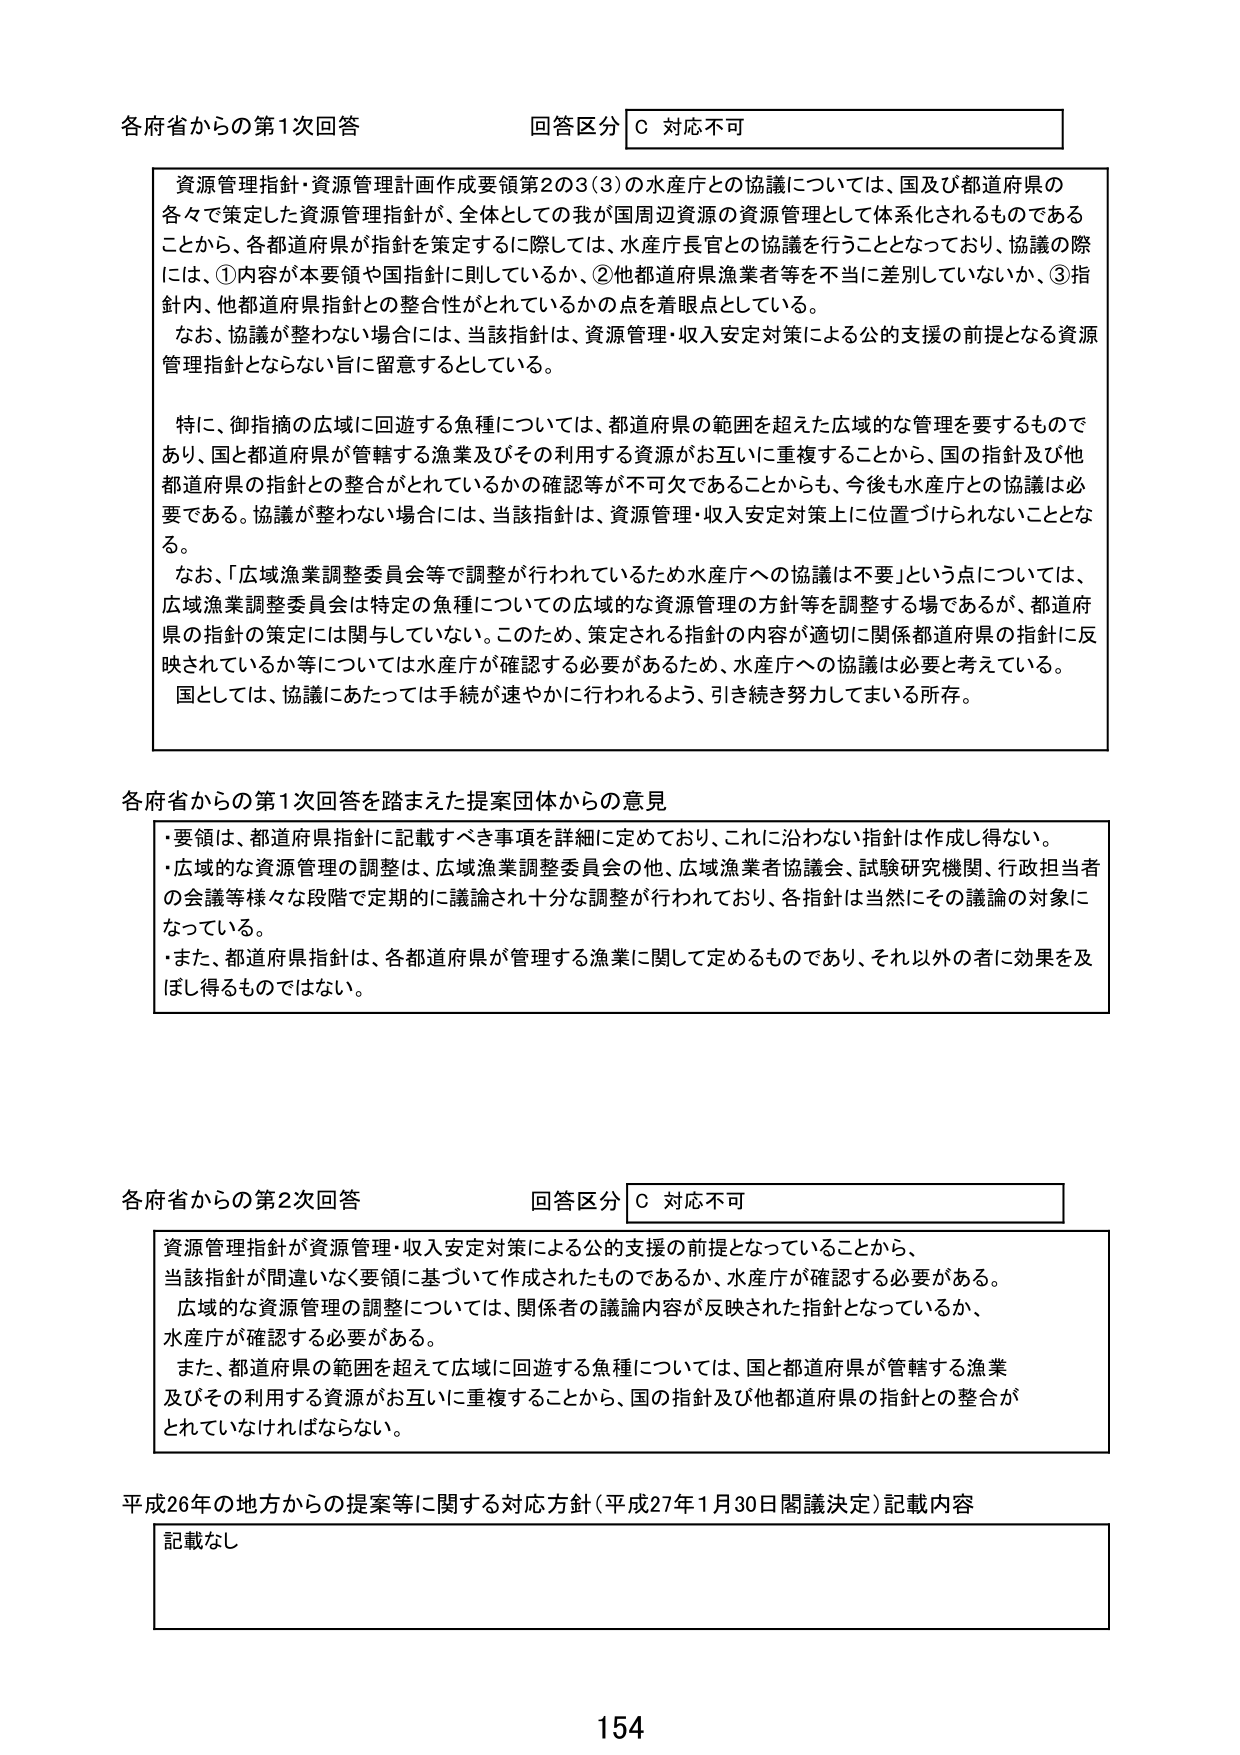
各府省からの第1次回答 回答区分 C 対応不可

資源管理指針・資源管理計画作成要領第2の3(3)の水産庁との協議については、国及び都道府県の
各々で策定した資源管理指針が、全体としての我が国周辺資源の資源管理として体系化されるものである
ことから、各都道府県が指針を策定するに際しては、水産庁長官との協議を行うこととなっており、協議の際
には、①内容が本要領や国指針に則しているか、②他都道府県漁業者等を不当に差別していないか、③指
針内、他都道府県指針との整合性がとれているかの点を着眼点としている。
なお、協議が整わない場合には、当該指針は、資源管理・収入安定対策による公的支援の前提となる資源
管理指針とならない旨に留意するとしている。

特に、御指摘の広域に回遊する魚種については、都道府県の範囲を超えた広域的な管理を要するもので
あり、国と都道府県が管轄する漁業及びその利用する資源がお互いに重複することから、国の指針及び他
都道府県の指針との整合がとれているかの確認等が不可欠であることからも、今後も水産庁との協議は必
要である。協議が整わない場合には、当該指針は、資源管理・収入安定対策上に位置づけられないこととな
る。
なお、「広域漁業調整委員会等で調整が行われているため水産庁への協議は不要」という点については、
広域漁業調整委員会は特定の魚種についての広域的な資源管理の方針等を調整する場であるが、都道府
県の指針の策定には関与していない。このため、策定される指針の内容が適切に関係都道府県の指針に反
映されているか等については水産庁が確認する必要があるため、水産庁への協議は必要と考えている。
国としては、協議にあたっては手続が速やかに行われるよう、引き続き努力してまいる所存。

各府省からの第1次回答を踏まえた提案団体からの意見

・要領は、都道府県指針に記載すべき事項を詳細に定めており、これに沿わない指針は作成し得ない。
・広域的な資源管理の調整は、広域漁業調整委員会の他、広域漁業者協議会、試験研究機関、行政担当者
の会議等様々なか段階で定期的に議論され十分な調整が行われており、各指針は当然にその議論の対象に
なっている。
・また、都道府県指針は、各都道府県が管理する漁業に関して定めるものであり、それ以外の者に効果を及
ぼし得るものではない。

各府省からの第2次回答 回答区分 C 対応不可

資源管理指針が資源管理・収入安定対策による公的支援の前提となっていることから、
当該指針が間違いなく要領に基づいて作成されたものであるか、水産庁が確認する必要がある。
広域的な資源管理の調整については、関係者の議論内容が反映された指針となっているか、
水産庁が確認する必要がある。
また、都道府県の範囲を超えて広域に回遊する魚種については、国と都道府県が管轄する漁業
及びその利用する資源がお互いに重複することから、国の指針及び他都道府県の指針との整合が
とれていないなければならない。

平成26年の地方からの提案等に関する対応方針（平成27年1月30日閣議決定）記載内容

記載なし

154